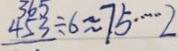
4 5 3 \div 6 \approx 7 5 \cdots 2